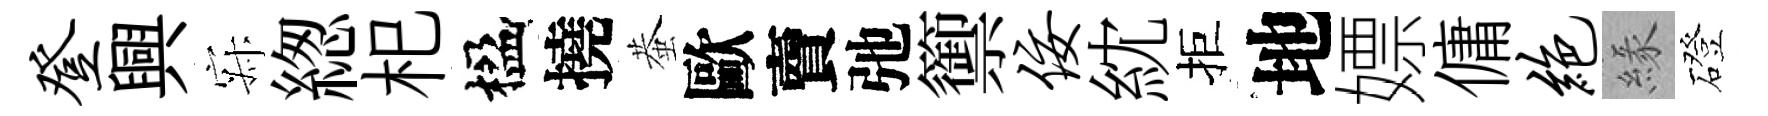
登興寂緫𣏌楹撓蛬歐𧶠弛籞佞紞拒地嫖傭绝緣磴